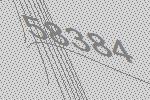
58384